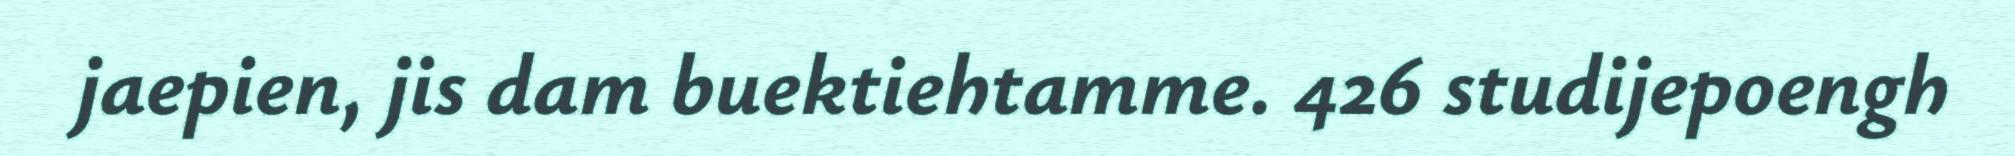
jaepien, jis dam buektiehtamme. 426 studijepoengh